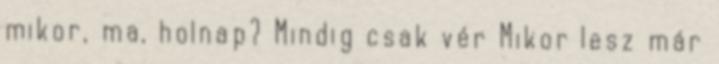
mikor, ma, holnap? Mindig csak vér Mikor lesz már